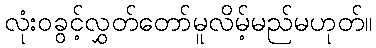
လုံးဝခွင့်လွှတ်တော်မူလိမ့်မည်မဟုတ်။